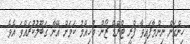
ހިންގަން ނިންމާފައިވާ ފްރީ ޓްރޭޑް ޒޯން މުހިއްމު ކަމަށް އޭނާ ގަބޫލުކުރައްވަ އެވެ.